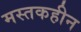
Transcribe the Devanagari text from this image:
मस्तकहीन